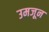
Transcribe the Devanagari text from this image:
उमजून